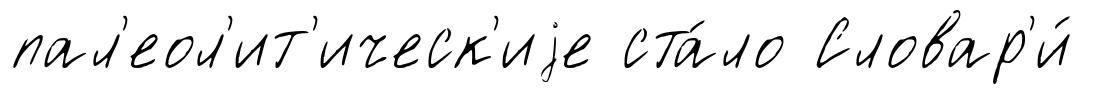
пал'еол'ит'ическ'иjе ста́ло Словар'и́